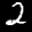
Label: 2